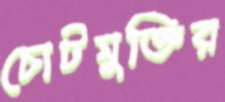
চোটমুক্তির